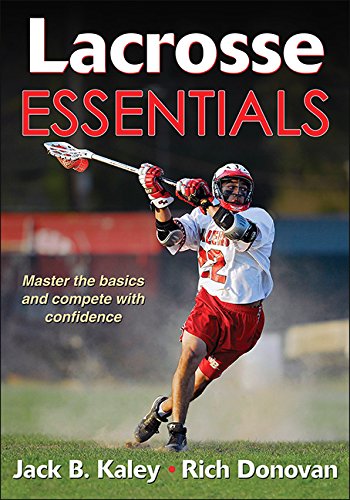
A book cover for Lacrosse Essentials; Jack Kaley; Sports & Outdoors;